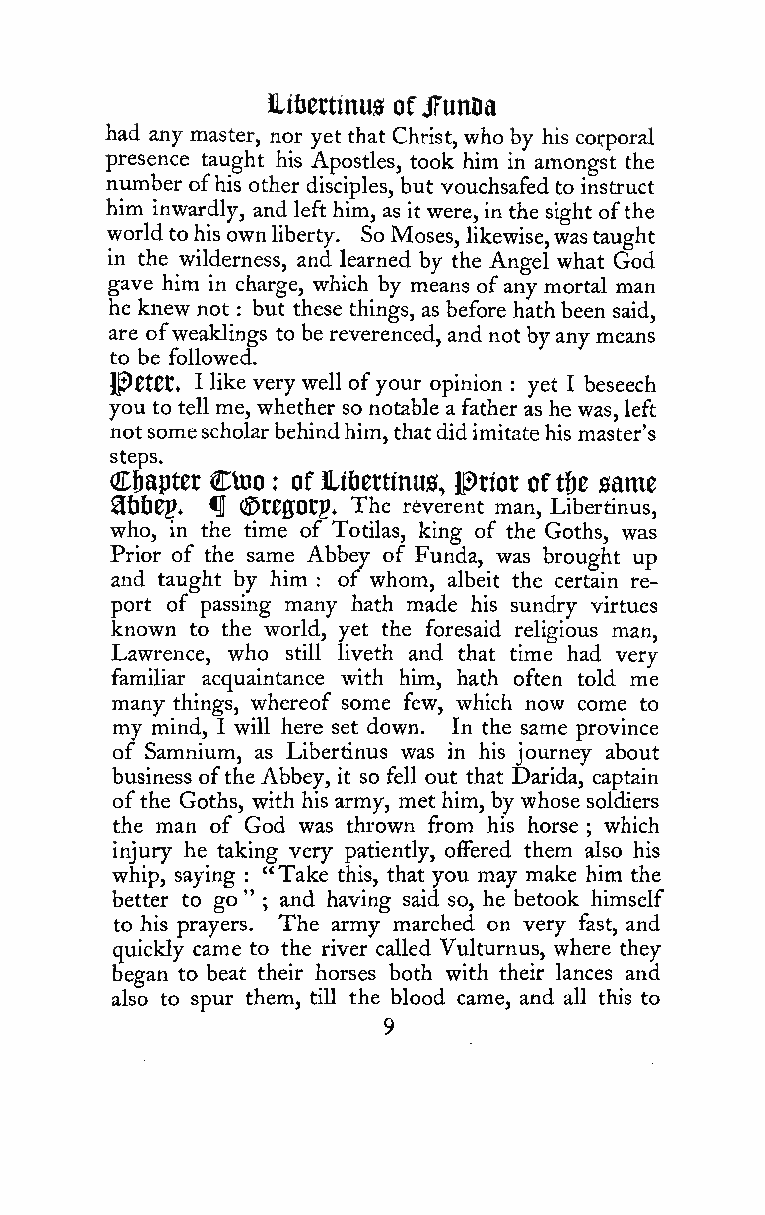
libettinusofJTunDa
 had any master, nor yet that Christ, who by his corporal
 presence taught his Apostles, took him in amongst the
 number ofhis other disciples, but vouchsafed to instruct
 him inwardly, andleft him, as it were, in the sight ofthe
 worldtohis own liberty. So Moses, likewise,wastaught
 in the wilderness, and learned by the Angel what God
 gave him in charge, which by means ofany mortal man
 he knew not : but these things, as before hath been said,
 are ofweaklings to be reverenced, and not byany means
 to be followed.
 IPCtCt. I like very well ofyour opinion : yet I beseech
 you to tell me, whether so notable a father as he was, left
 notsomescholarbehindhim,thatdidimitatehis master's
 steps.
 Cbaptet Ctoo of libettinus, priot oft&e same
 :
 3tlt)Cp. fl (StegOtp. The rfeverent man, Libertinus,
 who, in the time of Totilas, king of the Goths, was
 Prior of the same Abbey of Funda, was brought up
 and taught by him of whom, albeit the certain re-
 :
 port of passing many hath made his sundry virtues
 known to the world, yet the foresaid religious man,
 Lawrence, who still liveth and that time had very
 familiar acquaintance with him, hath often told me
 many things, whereof some few, which now come to
 my mind, I will here set down. In the same province
 of Samnium, as Libertinus was in his journey about
 business ofthe Abbey, it so fell out that Darida, captain
 ofthe Goths, with his army, met him, by whose soldiers
 the man of God was thrown from his horse which
 ;
 injury he taking very patiently, offered them also his
 whip, saying : "Take this, that you may make him the
 better to go " and having said so, he betook himself
 ;
 to his prayers. The army marched on very fast, and
 quickly came to the river called Vulturnus, where they
 began to beat their horses both with their lances and
 also to spur them, till the blood came, and all this to
 9